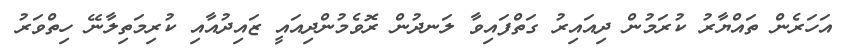
އަހަރެން ތައްޔާރު ކުރަމުން ދިއައިރު ގަތްފައިވާ ލަނދުން ރޮވެމުންދިއައީ ޒައިދުއާއި ކުރިމަތިލާނޭ ހިތްވަރު